Code of medical and sanitary regulations for the guidance of medical officers serving in the Madras Presidency - Volume II
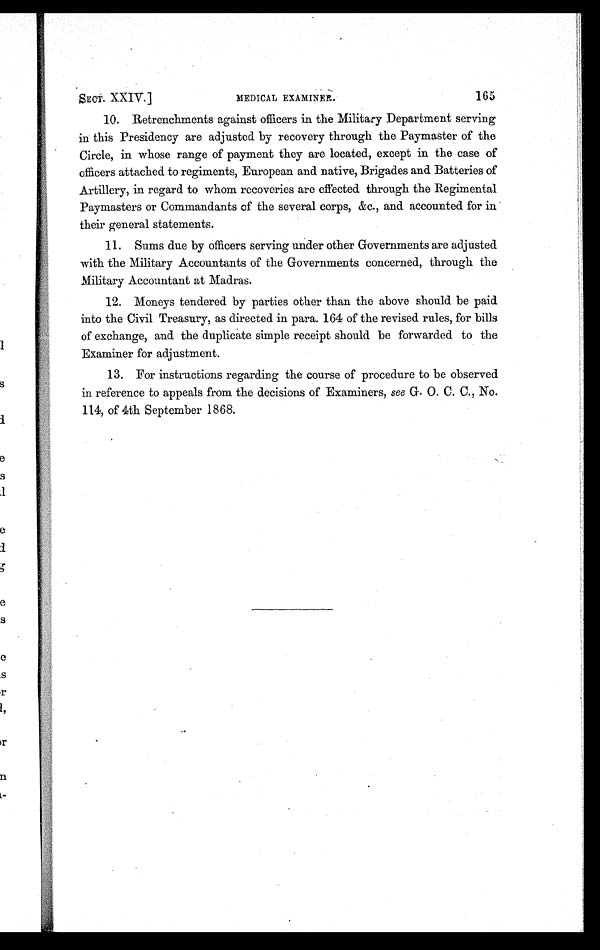
SECT. XXIV. ]
MEDICAL EXAMINER.
165
10. Retrenchments against officers in the Military Department serving
in this Presidency are adjusted by recovery through the Paymaster of the
Circle, in whose range of payment they are located, except in the case of
officers attached to regiments, European and native, Brigades and Batteries of
Artillery, in regard to whom recoveries are effected through the Regimental
Paymasters or Commandants of the several corps, &c., and accounted for in
their general statements.
11. Sums due by officers serving under other Governments are adjusted
with the Military Accountants of the Governments concerned, through the
Military Accountant at Madras.
12. Moneys tendered by parties other than the above should be paid
into the Civil Treasury, as directed in para. 164 of the revised rules, for bills
of exchange, and the duplicate simple receipt should be forwarded to the
Examiner for adjustment.
13. For instructions regarding the course of procedure to be observed
in reference to appeals from the decisions of Examiners, see G. O. C. C., No.
114, of 4th September 1868.